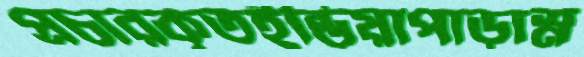
প্রচারকৃতইন্ডিয়াপাড়াস্ন